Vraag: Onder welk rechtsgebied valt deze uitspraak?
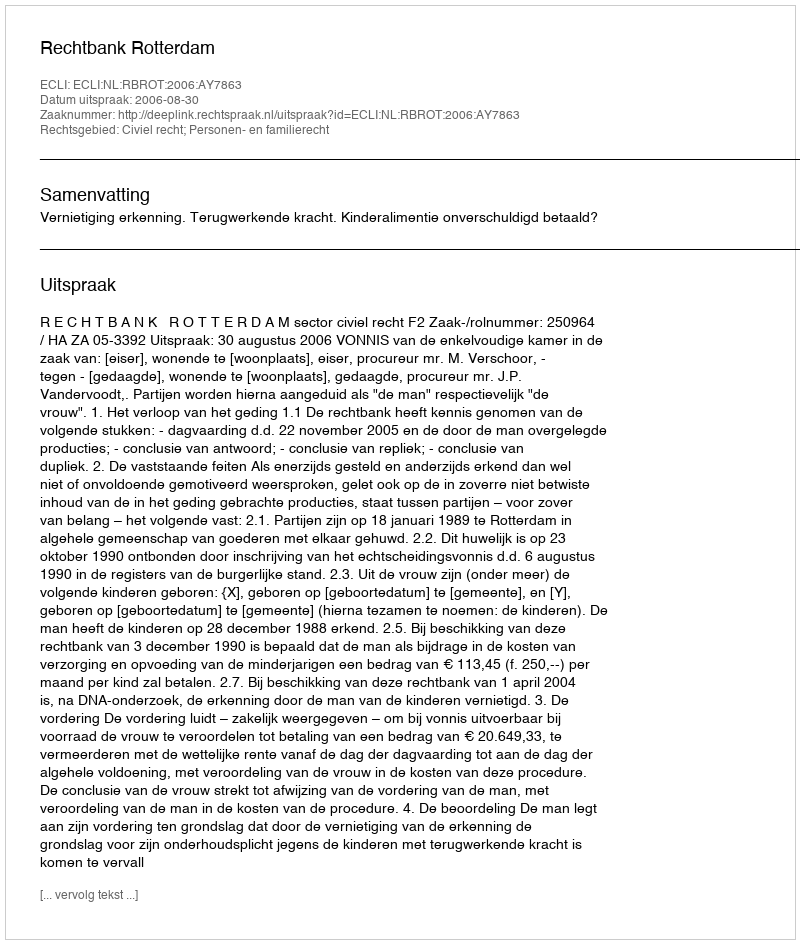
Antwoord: Civiel recht; Personen- en familierecht